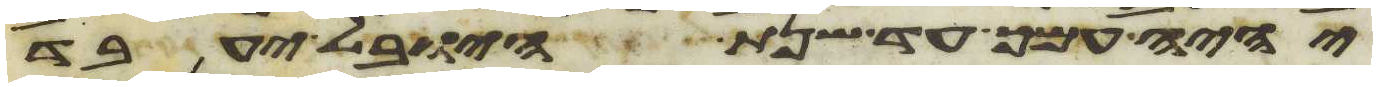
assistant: יהיה עמך עד שנת היובל יעבד